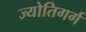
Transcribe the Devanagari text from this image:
ज्योतिगर्ग